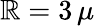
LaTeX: \mathbb{R}=3\, \mu